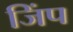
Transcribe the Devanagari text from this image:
जिंप